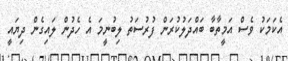
އެކަމަކު ވެސް އަމީތާބާ ބައްދަލުކުރަން ފުރުސަތު ލިބުނީމަ އެ ހެދުން ލައިގެން ދިޔައީ